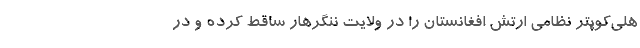
هلی‌کوپتر نظامی ارتش افغانستان را در ولایت ننگرهار ساقط کرده و در